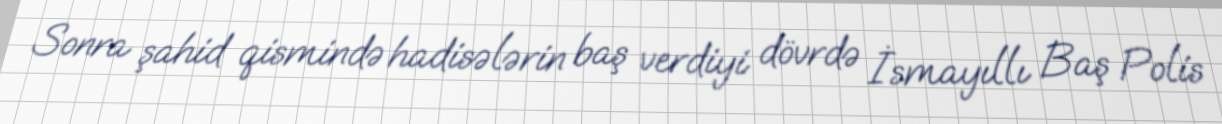
Sonra şahid qismində hadisələrin baş verdiyi dövrdə İsmayıllı Baş Polis